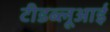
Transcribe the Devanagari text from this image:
टीडब्लूआई